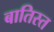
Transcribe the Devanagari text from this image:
बातिस्त